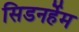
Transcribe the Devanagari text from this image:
सिडनर्हेम